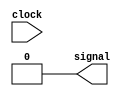
//Marley Ribeiro
//414510



module pulse ( signal, clock ); 
	
	input clock; 
	output signal; 
	reg signal; 
	
always @ ( clock ) 
	begin 
		 signal = 1'b0; 
	# 48 signal = 1'b1; 
	# 48 signal = 1'b0; 
  
end 
endmodule